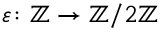
\varepsilon \colon \mathbb { Z } \to \mathbb { Z } / 2 \mathbb { Z }